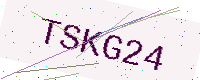
Text: TSKG24